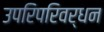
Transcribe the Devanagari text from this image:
उपरिपरिवर्धन